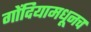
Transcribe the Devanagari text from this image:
गोंदियामधूनच